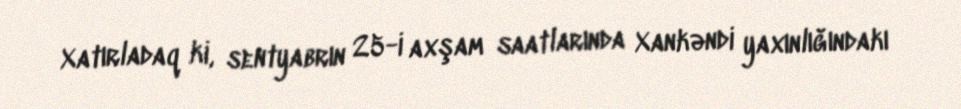
Xatırladaq ki, sentyabrın 25-i axşam saatlarında Xankəndi yaxınlığındakı